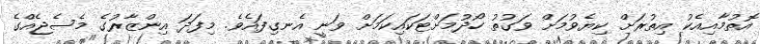
އޮތުމާއިއެކު އިތުރަށް ކިޔެވުމަށް ވަގުތު ހޯދުމަށްޓަކައިކަމަށް ވަނީ އެނގިފައެވެ. މިފަދަ އިންޒާރުގެ މެސެޖެއްގެ